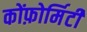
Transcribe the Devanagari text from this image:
कोंफ़ोर्मिटी